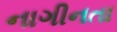
નાગીનતા